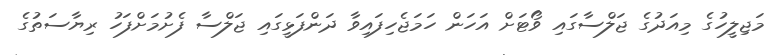
މަޖިލީހުގެ މިއަދުގެ ޖަލްސާގައި ވޯޓަށް އަހަން ހަމަޖެހިފައިވާ ދަންފަޅީގައި ޖަލްސާ ފެށުމަށްފަހު ރިޔާސަތުގެ